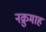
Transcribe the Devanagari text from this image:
नक्रुमाह